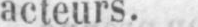
acteurs.